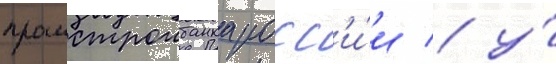
промстроибанка росс'и́и / у́